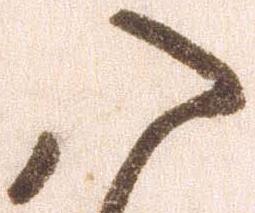
八